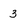
Character: 3